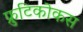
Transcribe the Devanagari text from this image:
फ्रुटिकोकस